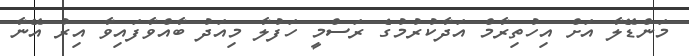
މަންޑޭލާ އަށް އިހުތިރާމް އަދާކުރުމުގެ ރަސްމީ ހަފުލާ މިއަދު ބާއްވާފައިވާ އިރު އޭނާ